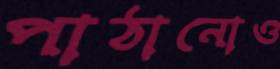
পাঠানোও